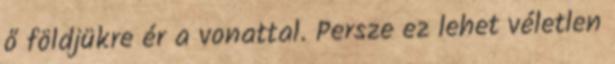
ő földjükre ér a vonattal. Persze ez lehet véletlen